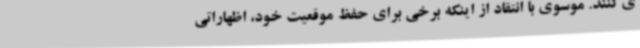
ی‌کنند. موسوی با انتقاد از اینکه برخی برای حفظ موقعیت خود، اظهاراتی